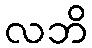
လဘိ